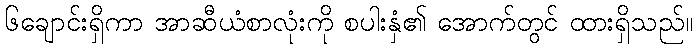
၆ချောင်းရှိကာ အာဆီယံစာလုံးကို စပါးနှံ၏ အောက်တွင် ထားရှိသည်။